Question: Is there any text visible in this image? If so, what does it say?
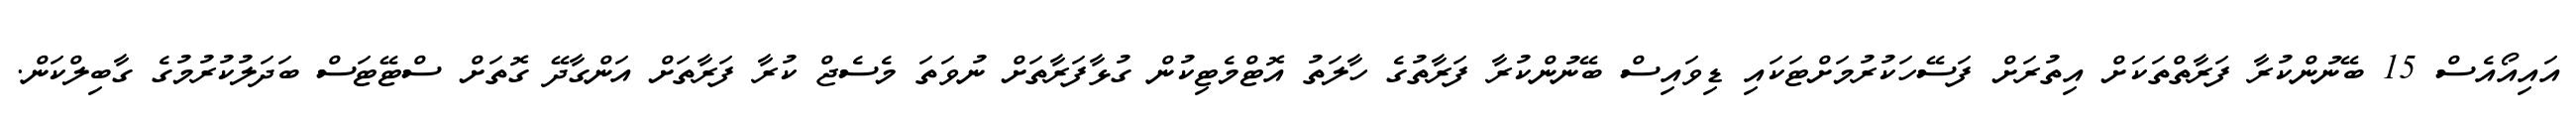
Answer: އައިއޯއެސް 15 ބޭނުންކުރާ ފަރާތްތަކަށް އިތުރަށް ފަސޭހަކުރުމަށްޓަކައި ޑިވައިސް ބޭނުންކުރާ ފަރާތުގެ ހާލަތު އޮޓްމެޓިކުން ގުޅާފަރާތަށް ނުވަތަ މެސެޖް ކުރާ ފަރާތަށް އަންގާދޭ ގޮތަށް ސްޓޭޓަސް ބަދަލުކުރުމުގެ ގާބިލްކަން.